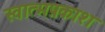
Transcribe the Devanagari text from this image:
स्वात्मप्रकाश